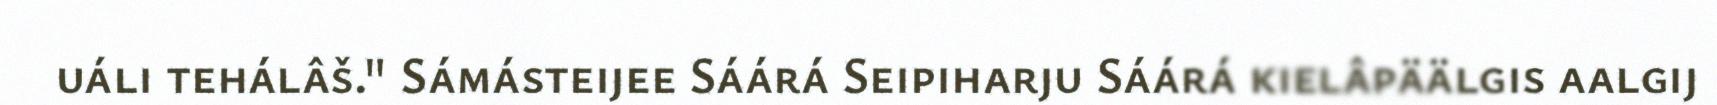
uáli tehálâš." Sámásteijee Sáárá Seipiharju Sáárá kielâpäälgis aalgij